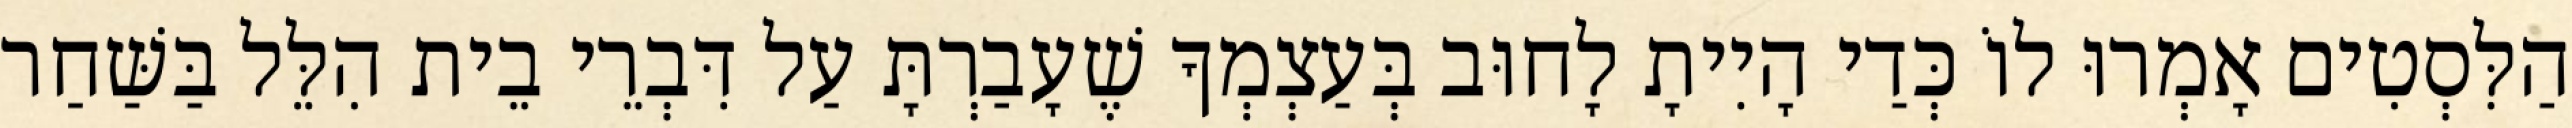
הַלִּסְטִים אָמְרוּ לוֹ כְּדַי הָיִיתָ לָחוּב בְּעַצְמְךָ שֶׁעָבַרְתָּ עַל דִּבְרֵי בֵית הִלֵּל בַּשַּׁחַר